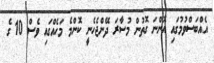
އެއްބަސްވުމުގައި އޮންނަ ގޮތުން މުސާރަ ދޭންޖެހެނީ ކޮންމެ މަހެއްގައި ވެސް 10 ގެ